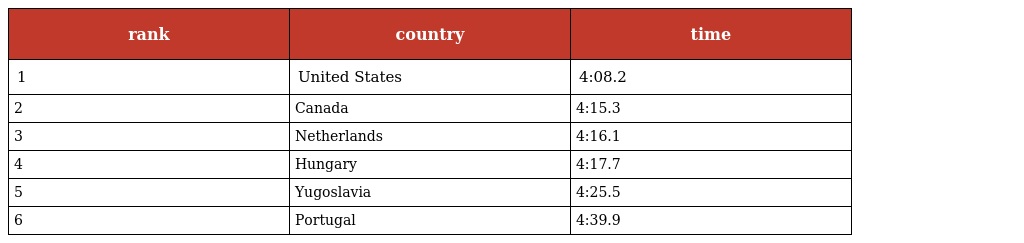
| rank | country | time |
 | --- | --- | --- |
 | 1 | United States | 4:08.2 |
 | 2 | Canada | 4:15.3 |
 | 3 | Netherlands | 4:16.1 |
 | 4 | Hungary | 4:17.7 |
 | 5 | Yugoslavia | 4:25.5 |
 | 6 | Portugal | 4:39.9 |